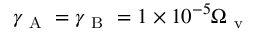
\gamma _ { \mathrm { ~ A ~ } } = \gamma _ { \mathrm { ~ B ~ } } = 1 \times 1 0 ^ { - 5 } \Omega _ { \mathrm { ~ v ~ } }